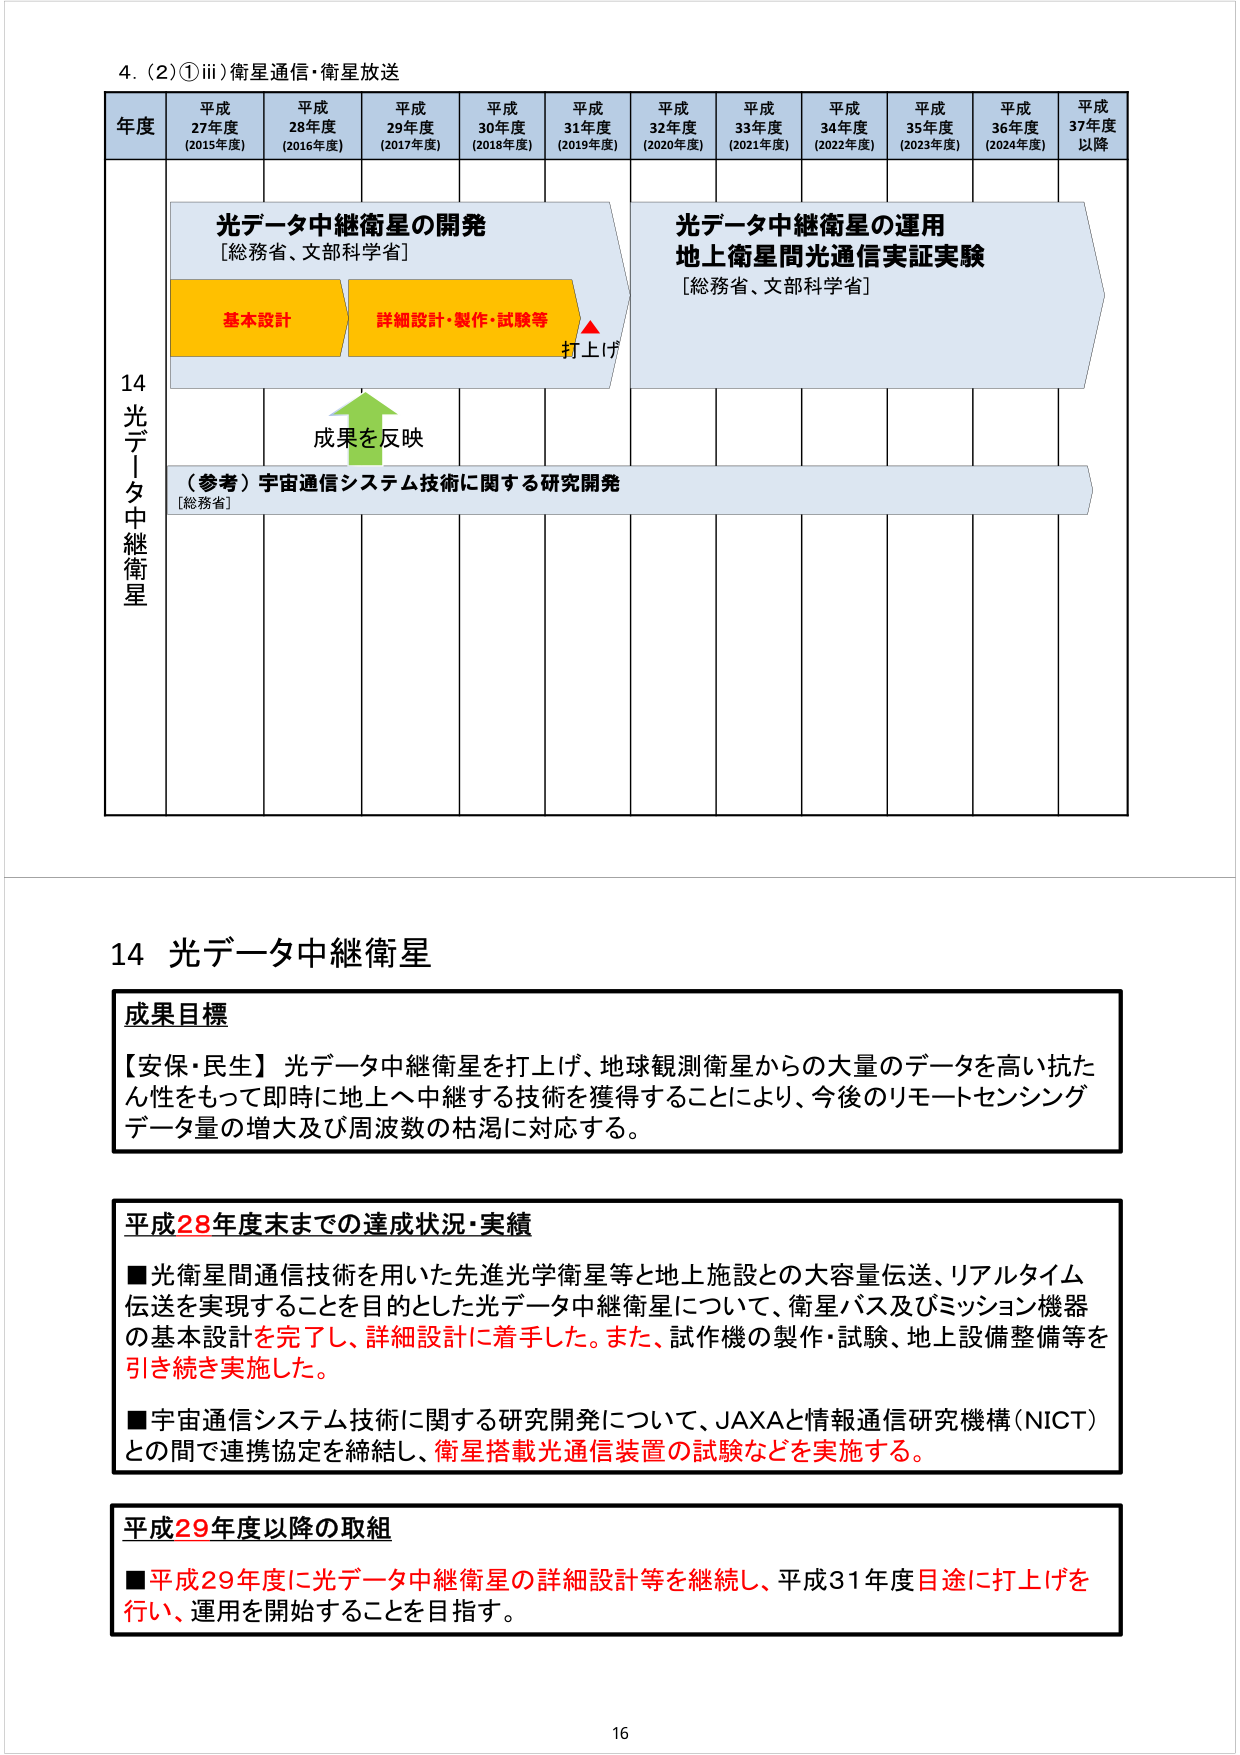
4. (2) ① iii) 衛星通信・衛星放送

年度 平成27年度 (2015年度) 平成28年度 (2016年度) 平成29年度 (2017年度) 平成30年度 (2018年度) 平成31年度 (2019年度) 平成32年度 (2020年度) 平成33年度 (2021年度) 平成34年度 (2022年度) 平成35年度 (2023年度) 平成36年度 (2024年度) 平成37年度以降

14 光データ中継衛星

光データ中継衛星の開発 [総務省、文部科学省]
基本設計 詳細設計・製作・試験等 打上げ

成果を反映

光データ中継衛星の運用 地上衛星間光通信実証実験 [総務省、文部科学省]

（参考）宇宙通信システム技術に関する研究開発 [総務省]

14 光データ中継衛星

成果目標
【安保・民生】光データ中継衛星を打上げ、地球観測衛星からの大量のデータを高い抗たん性をもって即時に地上へ中継する技術を獲得することにより、今後のリモートセンシングデータ量の増大及び周波数の枯渇に対応する。

平成28年度末までの達成状況・実績
■光衛星間通信技術を用いた先進光学衛星等と地上施設との大容量伝送、リアルタイム伝送を実現することを目的とした光データ中継衛星について、衛星バス及びミッション機器の基本設計を完了し、詳細設計に着手した。また、試作機の製作・試験、地上設備整備等を引き続き実施した。
■宇宙通信システム技術に関する研究開発について、JAXAと情報通信研究機構(NICT)との間で連携協定を締結し、衛星搭載光通信装置の試験などを実施する。

平成29年度以降の取組
■平成29年度に光データ中継衛星の詳細設計等を継続し、平成31年度目途に打上げを行い、運用を開始することを目指す。

16